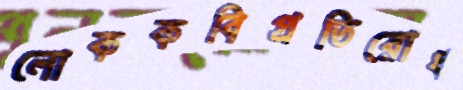
লোককবিপ্রতিরোধ